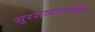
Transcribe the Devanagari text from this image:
सुरक्षाप्रणालीही